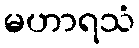
မဟာရသံ